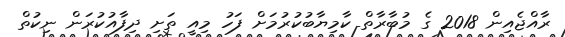
ރާއްޖެއިން 2018 ގެ މުބާރާތް ކާމިޔާބުކުރުމަށް ފަހު މިއީ ތަށި ދިފާއުކުރަން ނިކުތް